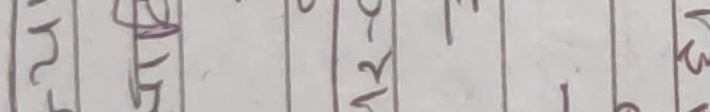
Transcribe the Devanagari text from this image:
२घ४१३